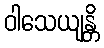
ဝါသေယျန္တိ